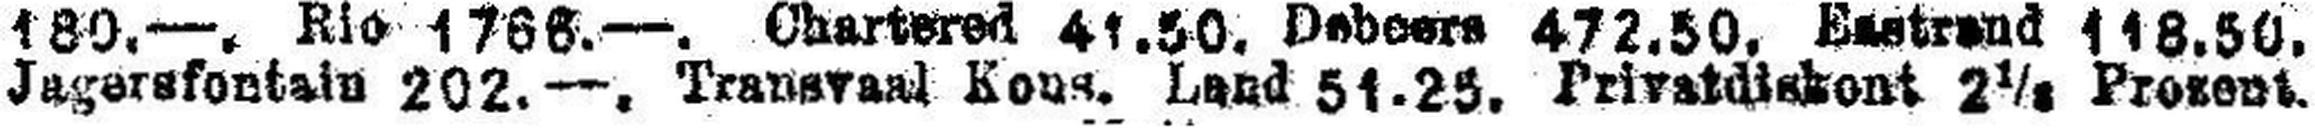
Jagersfontain 202. —. Transvanl Kons. Land 51.25. Privatdiskont 2 1/3 Presens